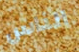
الناس